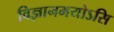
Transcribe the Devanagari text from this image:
विज्ञानमयोऽसि